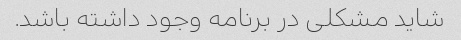
شاید مشکلی در برنامه وجود داشته باشد.